Vaccine operations Central Provinces 1886-1899 - 1886-1899
Year: 1886
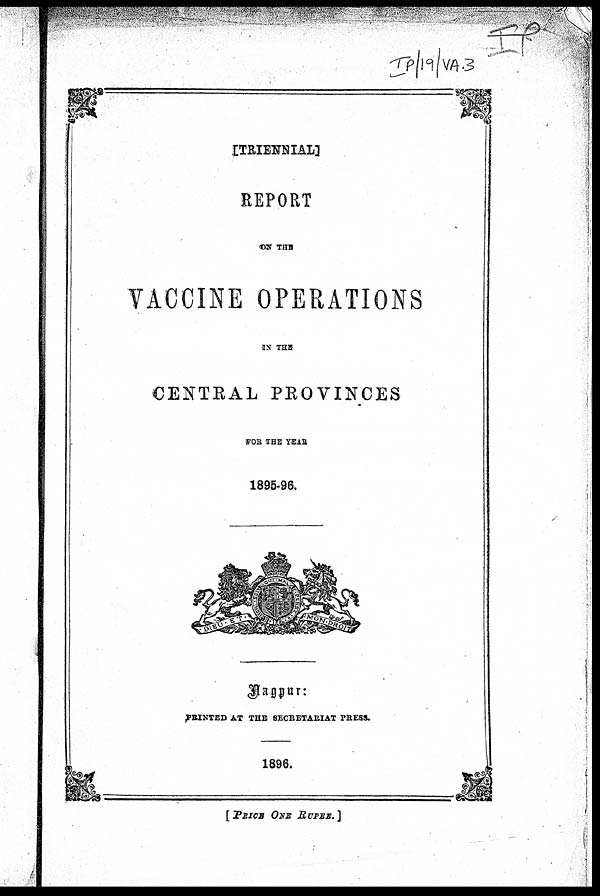
[TRIENNIAL]
REPORT
ON THE
VACCINE OPERATIONS
IN THE
CENTRAL PROVINCES
FOR THE YEAR
1895-96.
Nagpur :
PRINTED AT THE SECRETARIAT PRESS.
1896.
[PRICE ONE RUPEE.]